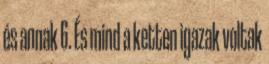
és annak 6. És mind a ketten igazak voltak